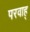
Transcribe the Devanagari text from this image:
परवाह्